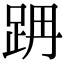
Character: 𨀔